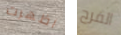
اظهرت الفرح